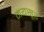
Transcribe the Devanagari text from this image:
मयसूर